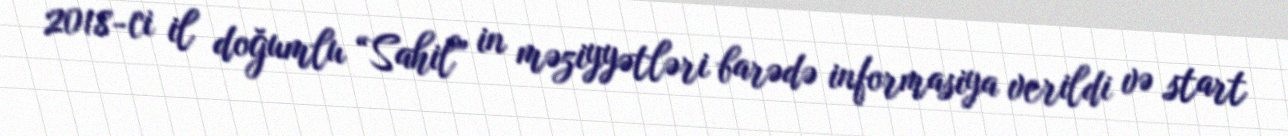
2018-ci il doğumlu “Sahil” in məziyyətləri barədə informasiya verildi və start